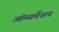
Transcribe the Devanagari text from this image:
ऑब्सर्वेशन